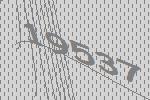
19537